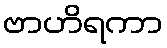
ဗာဟိရကာ